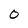
Character: O